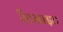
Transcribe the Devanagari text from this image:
रैटबाइट